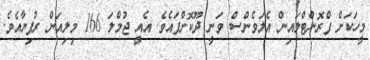
މީހަކަށް ފްރޮންޓްލައިން އެލަވެންސް ވަނީ ދޫކޮށްފައެވެ. އެއީ ޖުމްލަ 166 މިލިއަން ރުފިޔާއެވެ.